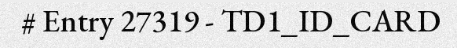
# Entry 27319 - TD1_ID_CARD